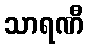
သာရဏီ